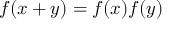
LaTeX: f ( x + y ) = f ( x ) f ( y )